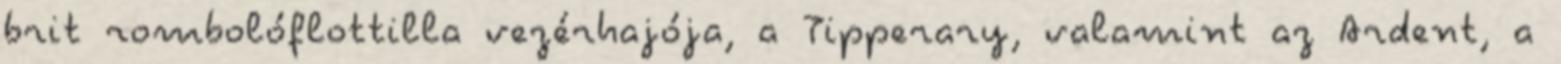
brit rombolóflottilla vezérhajója, a Tipperary, valamint az Ardent, a